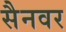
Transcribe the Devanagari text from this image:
सैनवर